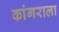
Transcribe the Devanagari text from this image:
कांगराला